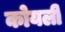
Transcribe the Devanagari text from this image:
कोयली